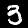
Digit: 3